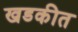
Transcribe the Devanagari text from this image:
खडकीत